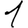
Digit: 1